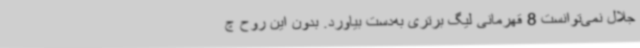
جلال نمی‌توانست 8 قهرمانی لیگ برتری به‌دست بیاورد. بدون این روح چ